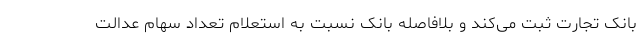
بانک تجارت ثبت می‌کند و بلافاصله بانک نسبت به استعلام تعداد سهام عدالت